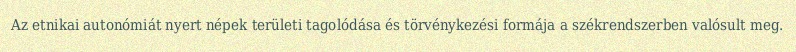
Az etnikai autonómiát nyert népek területi tagolódása és törvénykezési formája a székrendszerben valósult meg.